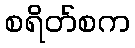
စရိတ်စက